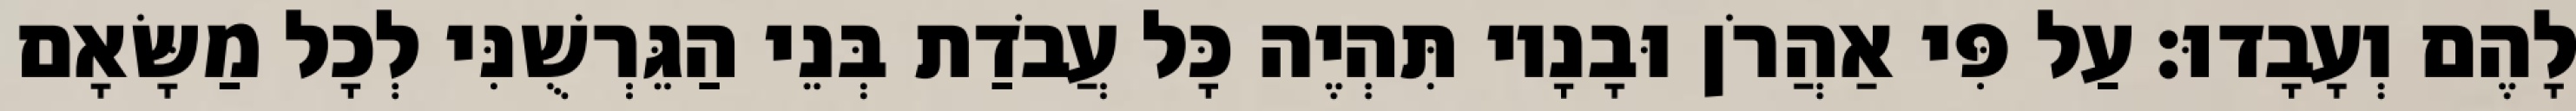
לָהֶם וְעָבָדוּ׃ עַל פִּי אַהֲרֹן וּבָנָיו תִּהְיֶה כָּל עֲבֹדַת בְּנֵי הַגֵּרְשֻׁנִּי לְכָל מַשָּׂאָם